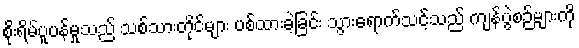
စိုးရိမ်ပူပန်မှုသည် သစ်သားတိုင်များ ပစ်ထားခဲ့ခြင်း သွားရောက်သင့်သည် ကျန်ပွဲစဉ်များကို